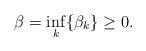
LaTeX: \begin{align*}\beta = \displaystyle\inf_{k} \{ \beta_k \} \ge 0.\end{align*}